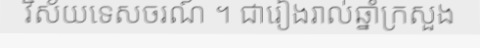
វិស័យទេសចរណ៍ ។ ជារៀងរាល់ឆ្នាំក្រសួង